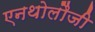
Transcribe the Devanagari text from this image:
एनथोलौजी